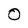
Character: O